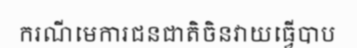
ករណីមេការជនជាតិចិនវាយធ្វើបាប